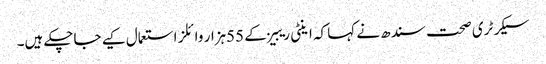
سیکرٹری صحت سندھ نے کہا کہ اینٹی ریبیز کے 55ہزار وائلز استعمال کیے جاچکے ہیں۔